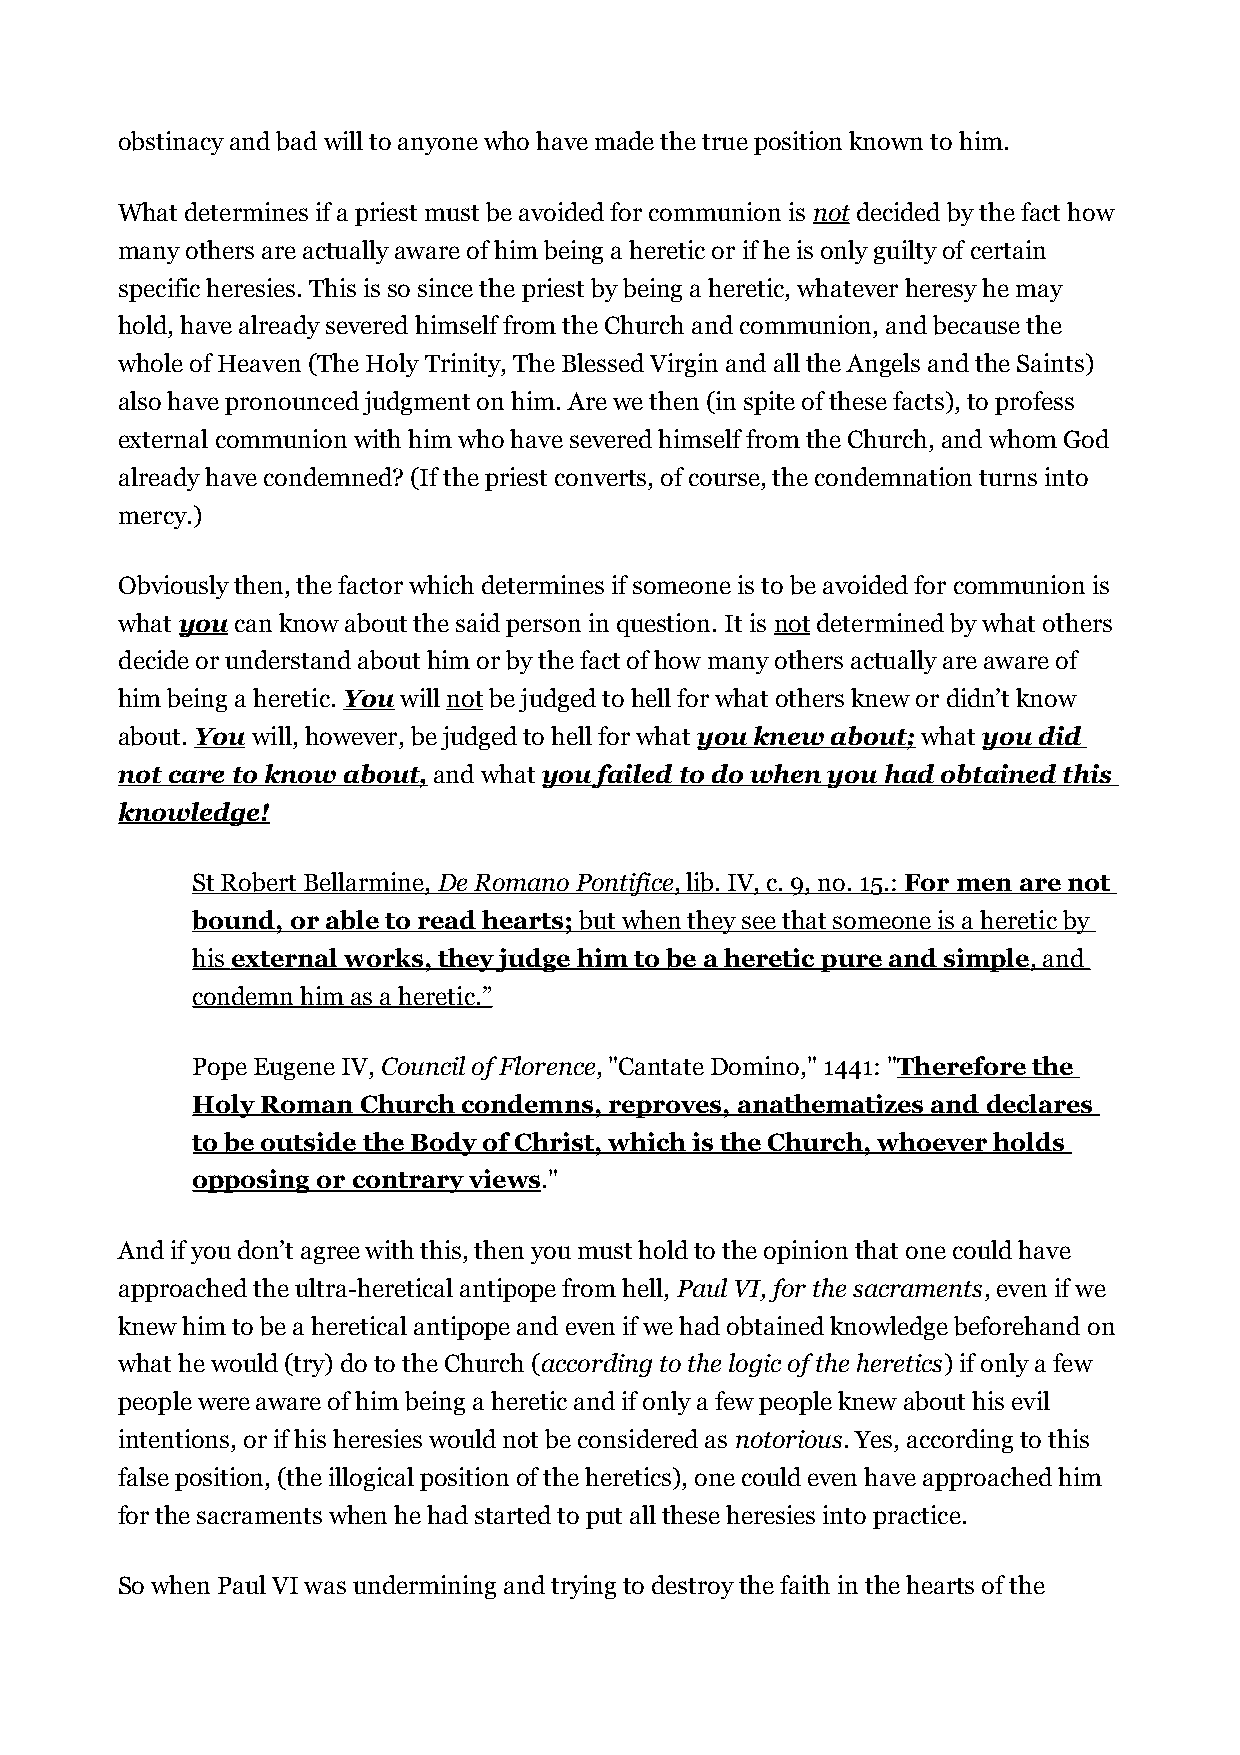
obstinacy and bad will to anyone who have made the true position known to him.
 What determines if a priest must be avoided for communion is not decided by the fact how
 many others are actually aware of him being a heretic or if he is only guilty of certain
 specific heresies. This is so since the priest by being a heretic, whatever heresy he may
 hold, have already severed himself from the Church and communion, and because the
 whole of Heaven (The Holy Trinity, The Blessed Virgin and all the Angels and the Saints)
 also have pronounced judgment on him. Are we then (in spite of these facts), to profess
 external communion with him who have severed himself from the Church, and whom God
 already have condemned? (If the priest converts, of course, the condemnation turns into
 mercy.)
 Obviously then, the factor which determines if someone is to be avoided for communion is
 what you can know about the said person in question. It is not determined by what others
 decide or understand about him or by the fact of how many others actually are aware of
 him being a heretic. You will not be judged to hell for what others knew or didn’t know
 about. You will, however, be judged to hell for what you knew about; what you did
 not care to know about, and what you failed to do when you had obtained this
 knowledge!
 St Robert Bellarmine, De Romano Pontifice , lib. IV, c. 9, no. 15.: For men are not
 bound, or able to read hearts; but when they see that someone is a heretic by
 his external works, they judge him to be a heretic pure and simple , and
 condemn him as a heretic.”
 Pope Eugene IV, Council of Florence, "Cantate Domino," 1441: "Therefore the
 Holy Roman Church condemns, reproves, anathematizes and declares
 to be outside the Body of Christ, which is the Church, whoever holds
 opposing or contrary views."
 And if you don’t agree with this, then you must hold to the opinion that one could have
 approached the ultra-heretical antipope from hell, Paul VI, for the sacraments, even if we
 knew him to be a heretical antipope and even if we had obtained knowledge beforehand on
 what he would (try) do to the Church (according to the logic of the heretics) if only a few
 people were aware of him being a heretic and if only a few people knew about his evil
 intentions, or if his heresies would not be considered as notorious. Yes, according to this
 false position, (the illogical position of the heretics), one could even have approached him
 for the sacraments when he had started to put all these heresies into practice.
 So when Paul VI was undermining and trying to destroy the faith in the hearts of the